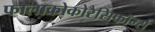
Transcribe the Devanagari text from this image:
फालाक्रोकोरैसिफॉर्म्स